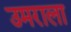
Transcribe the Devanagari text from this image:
उमराला